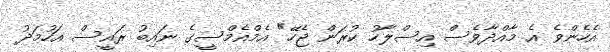
އެހެންވެ އެ މާއްދާވެސް އިސްލާހު ކުރަން ޖެހޭ" އެމްއެމްސީގެ ނައިބު ރައީސް އަހުމަދު